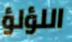
اللؤلؤ